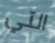
التي